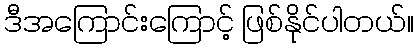
ဒီအကြောင်းကြောင့် ဖြစ်နိုင်ပါတယ်။